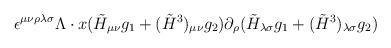
LaTeX: \begin{align*}\epsilon^{\mu\nu\rho\lambda\sigma} \Lambda \cdot x (\tilde{H}_{\mu\nu} g_1 +(\tilde{H}^3)_{\mu\nu} g_2) \partial_\rho (\tilde{H}_{\lambda\sigma} g_1 +(\tilde{H}^3)_{\lambda\sigma} g_2)\end{align*}